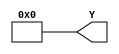
module const4 (Y);
	parameter CONST = 0;
	
	output [3:0] Y;
	
	assign Y = CONST; 
	
endmodule